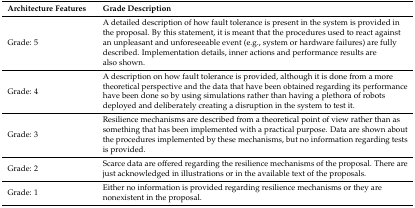
<table><thead><tr><td><b>Architecture Features</b></td><td><b>Grade Description</b></td></tr></thead><tbody><tr><td>Grade: 5</td><td>A detailed description of how fault tolerance is present in the system is provided in the proposal. By this statement, it is meant that the procedures used to react against an unpleasant and unforeseeable event (e.g., system or hardware failures) are fully described. Implementation details, inner actions and performance results are also shown.</td></tr><tr><td>Grade: 4</td><td>A description on how fault tolerance is provided, although it is done from a more theoretical perspective and the data that have been obtained regarding its performance have been done so by using simulations rather than having a plethora of robots deployed and deliberately creating a disruption in the system to test it.</td></tr><tr><td>Grade: 3</td><td>Resilience mechanisms are described from a theoretical point of view rather than as something that has been implemented with a practical purpose. Data are shown about the procedures implemented by these mechanisms, but no information regarding tests is provided.</td></tr><tr><td>Grade: 2</td><td>Scarce data are offered regarding the resilience mechanisms of the proposal. There are just acknowledged in illustrations or in the available text of the proposals.</td></tr><tr><td>Grade: 1</td><td>Either no information is provided regarding resilience mechanisms or they are nonexistent in the proposal.</td></tr></tbody></table>